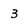
Character: 3